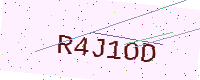
Text: R4J1OD